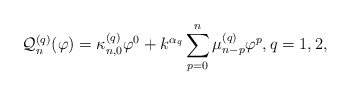
\begin{align*} \mathcal{Q}_{n}^{(q)}(\varphi) = \kappa_{n,0}^{(q)} \varphi^0 + k^{\alpha_q}\sum\limits_{p=0}^{n} \mu_{n-p}^{(q)} \varphi^{p}, q=1,2, \end{align*}